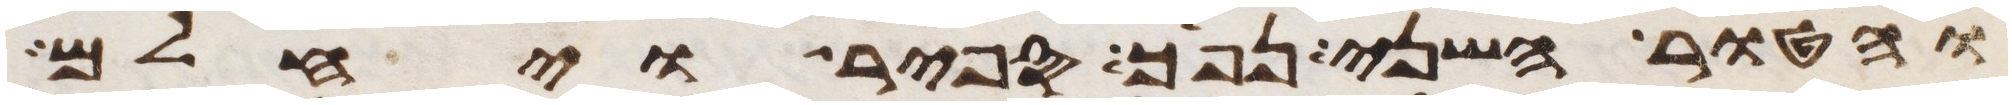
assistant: והטור השני נפך ספיר ויחלם